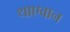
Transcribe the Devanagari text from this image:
थाएवान